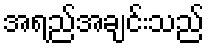
အရည်အချင်းသည်